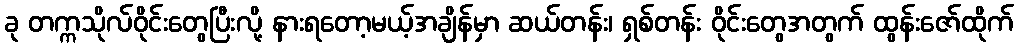
ခု တက္ကသိုလ်ဝိုင်းတွေပြီးလို့ နားရတော့မယ့်အချိန်မှာ ဆယ်တန်း၊ ရှစ်တန်း ဝိုင်းတွေအတွက် ထွန်းဇော်ထိုက်